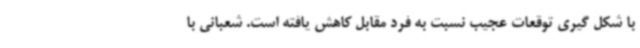
با شکل گیری توقعات عجیب نسبت به فرد مقابل کاهش یافته است. شعبانی با